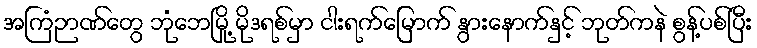
အကြံဉာဏ်တွေ ဘုံဘေမြို့ မိုဒရစ်မှာ ငါးရက်မြောက် နွားနောက်နှင့် ဘုတ်ကနဲ စွန့်ပစ်ပြီး